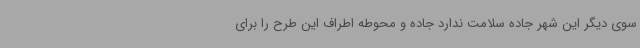
سوی دیگر این شهر جاده سلامت ندارد جاده و محوطه اطراف این طرح را برای